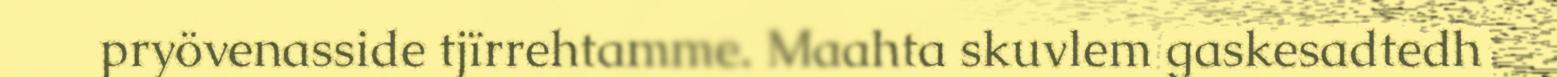
pryövenasside tjïrrehtamme. Maahta skuvlem gaskesadtedh